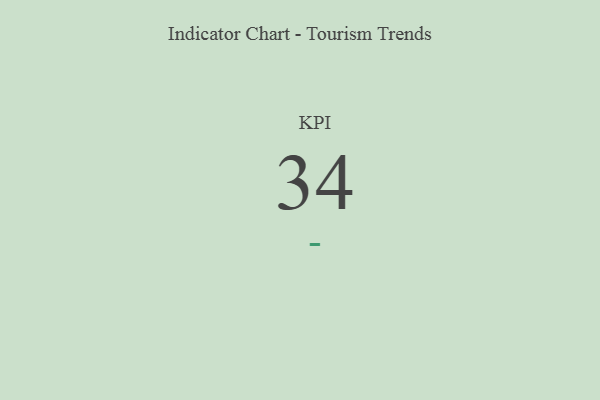
{"axis": {"x": "KPI", "y": "Value"}, "legend": [""], "data": [{"x": "KPI", "y": 34, "type": ""}]}